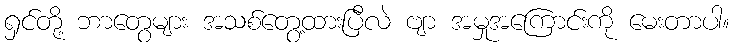
ရှင်တို့ ဘာတွေများ အသစ်တွေ့ထားပြီလဲ ဗျာ အမှုအကြောင်းကို မေးတာပါ။